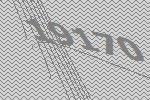
19170